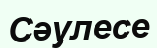
Сәулесе